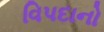
વિપદાનો